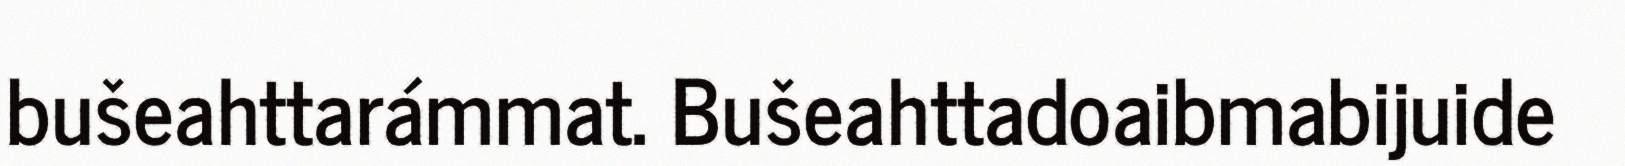
bušeahttarámmat. Bušeahttadoaibmabijuide